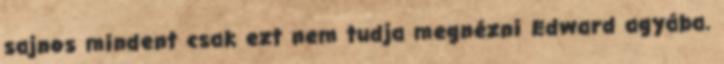
sajnos mindent csak ezt nem tudja megnézni Edward agyába.